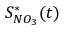
S _ { N O _ { 3 } } ^ { * } ( t )